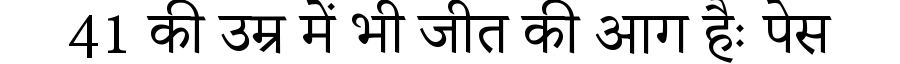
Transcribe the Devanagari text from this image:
41 की उम्र में भी जीत की आग हैः पेस